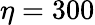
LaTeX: \eta=300